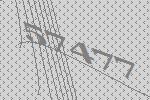
57477